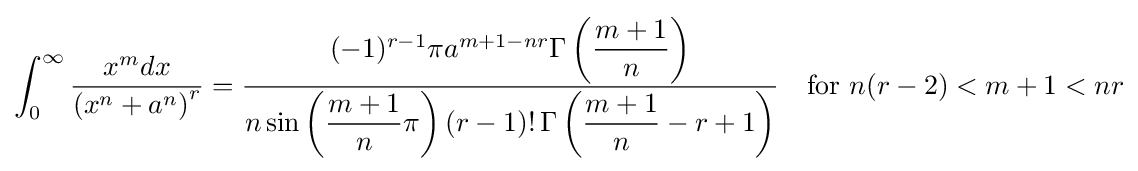
\int _{0}^{\infty }{\frac {x^{m}dx}{({x^{n}+a^{n})}^{r}}}={\frac {(-1)^{r-1}\pi a^{m+1-nr}\Gamma \left({\dfrac {m+1}{n}}\right)}{n\sin \left({\dfrac {m+1}{n}}\pi \right)(r-1)!\,\Gamma \left({\dfrac {m+1}{n}}-r+1\right)}}\quad {\text{for }}n(r-2)<m+1<nr